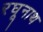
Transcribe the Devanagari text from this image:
रघूनाथ